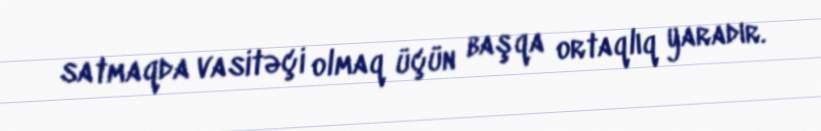
satmaqda vasitəçi olmaq üçün başqa ortaqlıq yaradır.